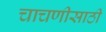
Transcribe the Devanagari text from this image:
चाचणीसाठी